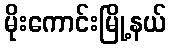
မိုးကောင်းမြို့နယ်